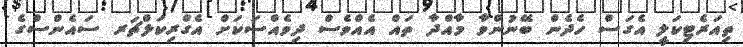
ތިއަރެޓިކަލީ އެގަސް ހެދެން ބޭނުންވާ މާއްދާ ތައް އެއްވެސް ދިވެއްސަކަށް އެގްރިކަލްޗަރ ސައެންސްގެ